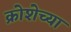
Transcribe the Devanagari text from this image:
क्रोशेच्या